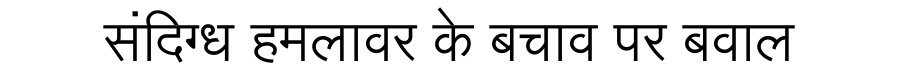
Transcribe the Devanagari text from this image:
संदिग्ध हमलावर के बचाव पर बवाल